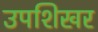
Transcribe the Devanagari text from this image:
उपशिखर